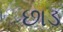
છાડ